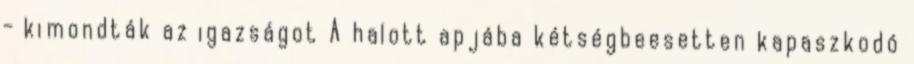
- kimondták az igazságot A halott apjába kétségbeesetten kapaszkodó